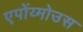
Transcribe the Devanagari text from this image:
एपोंय्मोउस